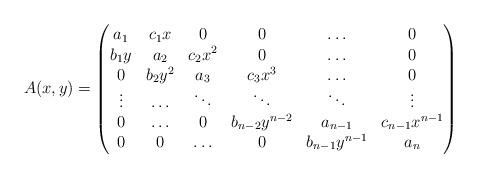
LaTeX: \begin{align*}A(x,y)=\left(\begin{matrix}a_{1}&c_1 x&0&0&\hdots&0\\b_1 y& a_2 & c_2x^2& 0 &\hdots &0\\0 & b_2 y^2 & a_3& c_3 x^3&\hdots&0\\\vdots &\hdots &\ddots& \ddots& \ddots &\vdots\\0 &\hdots & 0& b_{n-2}y^{n-2}& a_{n-1} &c_{n-1} x^{n-1}\\0&0&\hdots&0 & b_{n-1} y^{n-1}&a_n\\\end{matrix}\right)\end{align*}